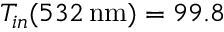
T _ { i n } ( 5 3 2 \, \mathrm { n m } ) = 9 9 . 8 \, \